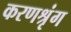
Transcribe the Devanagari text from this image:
करणश्रृंग